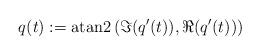
LaTeX: \begin{align*}q(t) := {\rm atan2} \left(\Im(q'(t)),\Re(q'(t)) \right)\end{align*}